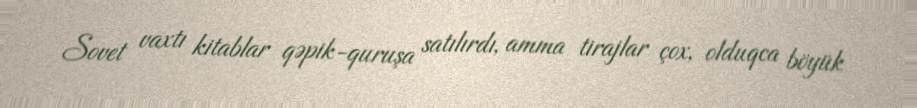
Sovet vaxtı kitablar qəpik-quruşa satılırdı, amma tirajlar çox, olduqca böyük